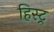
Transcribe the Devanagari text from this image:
हिस्ट्र